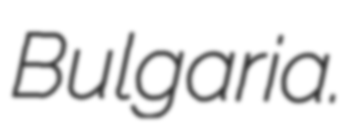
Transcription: Bulgaria.